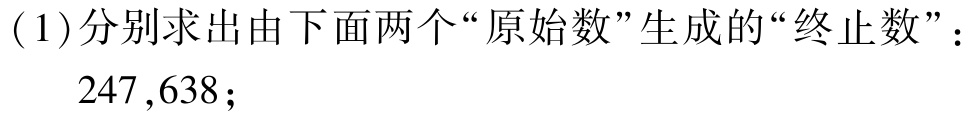
(1)分别求出由下面两个“原始数”生成的“终止数”：
\(247,638\)；